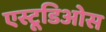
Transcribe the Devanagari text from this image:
एस्टूडिओस